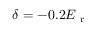
\delta = - 0 . 2 E _ { \mathrm { ~ r ~ } }